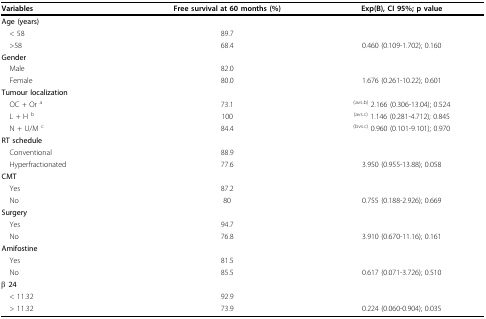
<table><thead><tr><td><b>Variables</b></td><td><b>Free survival at 60 months (%)</b></td><td><b>Exp(B), CI 95%; p value</b></td></tr></thead><tbody><tr><td><b>Age (years)</b></td><td></td><td></td></tr><tr><td> &lt; 58</td><td>89.7</td><td></td></tr><tr><td> &gt;58</td><td>68.4</td><td>0.460 (0.109-1.702); 0.160</td></tr><tr><td><b>Gender</b></td><td></td><td></td></tr><tr><td> Male</td><td>82.0</td><td></td></tr><tr><td> Female</td><td>80.0</td><td>1.676 (0.261-10.22); 0.601</td></tr><tr><td><b>Tumour localization</b></td><td></td><td></td></tr><tr><td> OC + Or <sup>a</sup></td><td>73.1</td><td><sup>(avs.b) </sup>2.166 (0.306-13.04); 0.524</td></tr><tr><td> L + H <sup>b</sup></td><td>100</td><td><sup>(avs.c) </sup>1.146 (0.281-4.712); 0.845</td></tr><tr><td> N + U/M <sup>c</sup></td><td>84.4</td><td><sup>(bvs.c) </sup>0.960 (0.101-9.101); 0.970</td></tr><tr><td><b>RT schedule</b></td><td></td><td></td></tr><tr><td> Conventional</td><td>88.9</td><td></td></tr><tr><td> Hyperfractionated</td><td>77.6</td><td>3.950 (0.955-13.88); 0.058</td></tr><tr><td><b>CMT</b></td><td></td><td></td></tr><tr><td> Yes</td><td>87.2</td><td></td></tr><tr><td> No</td><td>80</td><td>0.755 (0.188-2.926); 0.669</td></tr><tr><td><b>Surgery</b></td><td></td><td></td></tr><tr><td> Yes</td><td>94.7</td><td></td></tr><tr><td> No</td><td>76.8</td><td>3.910 (0.670-11.16); 0.161</td></tr><tr><td><b>Amifostine</b></td><td></td><td></td></tr><tr><td> Yes</td><td>81.5</td><td></td></tr><tr><td> No</td><td>85.5</td><td>0.617 (0.071-3.726); 0.510</td></tr><tr><td><b>β 24</b></td><td></td><td></td></tr><tr><td> &lt; 11.32</td><td>92.9</td><td></td></tr><tr><td> &gt; 11.32</td><td>73.9</td><td>0.224 (0.060-0.904); 0.035</td></tr></tbody></table>